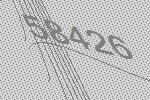
58426